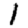
Digit: 1